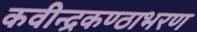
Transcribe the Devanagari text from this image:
कवीन्द्रकण्ठाभरण